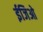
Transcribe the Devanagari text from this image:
ईजिओ